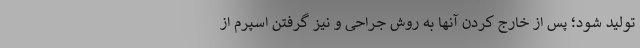
تولید شود؛ پس از خارج کردن آنها به روش جراحی و نیز گرفتن اسپرم از